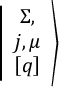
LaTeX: \left\vert \begin{array} { c } { { \Sigma , } } \\ { { j , \mu } } \\ { { \left[ q \right] } } \end{array} \right>